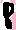
Text: 8